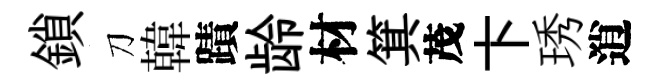
鎖刀韓蹟龄材箕茂卞琇逍